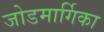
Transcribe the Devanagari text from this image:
जोडमार्गिका